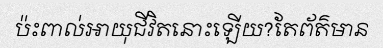
ប៉ះពាល់អាយុជីវិតនោះឡើយ?តែព័ត៌មាន